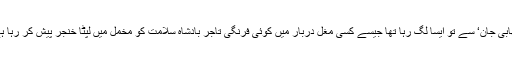
’بھابی جان‘ سے تو ایسا لگ رہا تھا جیسے کسی مغل دربار میں کوئی فرنگی تاجر بادشاہ سلامت کو مخمل میں لپٹا خنجر پیش کر رہا ہے۔